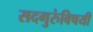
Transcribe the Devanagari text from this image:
सदगुरुंविषयी